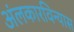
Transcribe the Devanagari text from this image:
अंलकारविन्यास